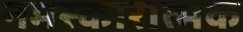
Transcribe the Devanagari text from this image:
नमस्कारात्मक